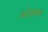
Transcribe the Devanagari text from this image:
कोसेल